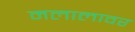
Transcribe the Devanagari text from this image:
मलालावर